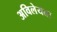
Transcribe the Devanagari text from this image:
अविलेयता